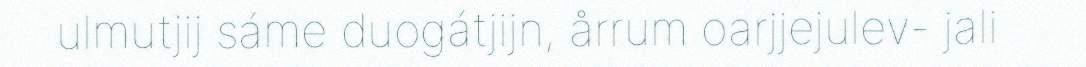
ulmutjij sáme duogátjijn, årrum oarjjejulev- jali